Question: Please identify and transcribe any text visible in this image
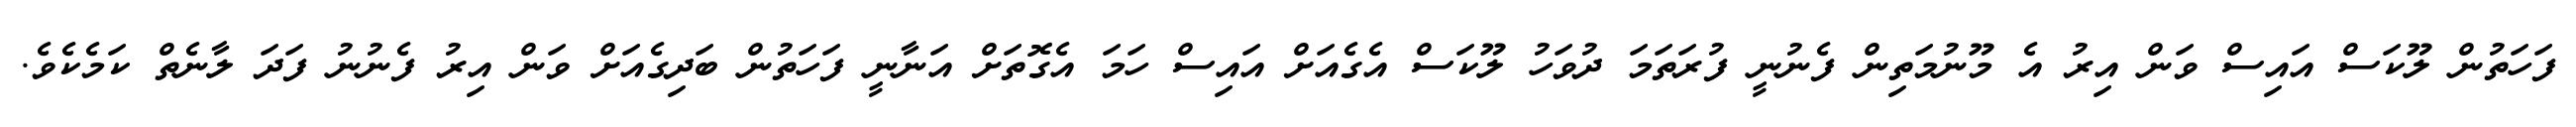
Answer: ފަހަތުން ލޫކަސް އައިސް ވަން އިރު އެ މޫނުމަތިން ފެނުނީ ފުރަތަމަ ދުވަހު ލޫކަސް އެގެއަށް އައިސް ހަމަ އެގޮތަށް އަނާނީ ފަހަތުން ބަދިގެއަށް ވަން އިރު ފެނުނު ފަދަ ލާނެތް ކަމެކެވެ.